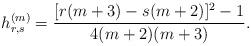
LaTeX: \begin{align*} h_{r,s}^{(m)} = \frac{[r(m+3)-s(m+2)]^2-1}{4(m+2)(m+3)}.\end{align*}